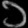
Digit: ၁